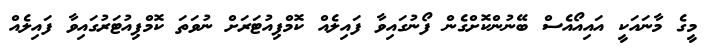
މީގެ މާނައަކީ އައިއޯއެސް ބޭނުންކޮށްގެން ފޯނުގައިވާ ފައިލެއް ކޮމްޕިއުޓަރަށް ނުވަތަ ކޮމްޕިއުޓަރުގައިވާ ފައިލެއް